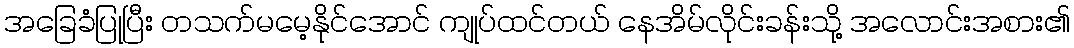
အခြေခံပြုပြီး တသက်မမေ့နိုင်အောင် ကျုပ်ထင်တယ် နေအိမ်လိုင်းခန်းသို့ အလောင်းအစား၏